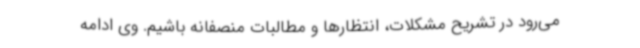
می‌رود در تشریح مشکلات، انتظارها و مطالبات منصفانه باشیم. وی ادامه